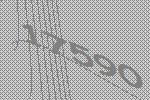
17590